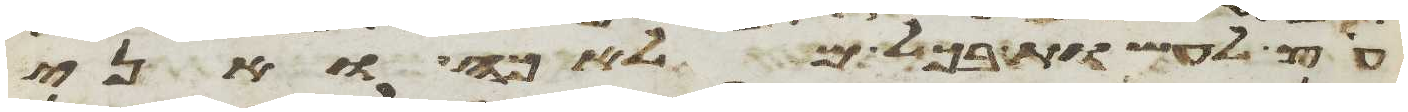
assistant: עץ לעשות בכל מלאכה ואני